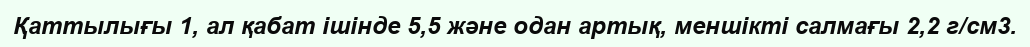
Қаттылығы 1, ал қабат ішінде 5,5 және одан артық, меншікті салмағы 2,2 г/см3.